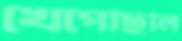
খেপেছিলি